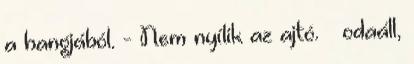
a hangjából. - Nem nyílik az ajtó. – odaáll,